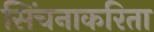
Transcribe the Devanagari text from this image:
सिंचनाकरिता